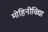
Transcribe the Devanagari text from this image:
मोहिनीविद्या